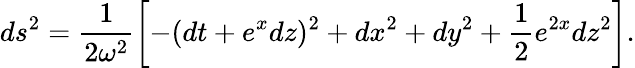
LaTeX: ds^{2}=\frac 1{2\omega^{2}}\left[-(dt+e^{x}dz)^{2}+dx^{2}+dy^{2}+\frac 12e^{2x}dz^{2}\right].